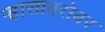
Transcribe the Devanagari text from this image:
ऱ्हासाबरोबर